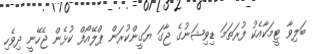
ބަލިވާ ޓީމަކާއެކު ފުރަތަމަ ޑިވިޝަނުގެ ޖާގަ ޔަގީންކުރަން ޕްލޭއޯފް ކުޅެން ޖެހޭނީ ދިވެހި